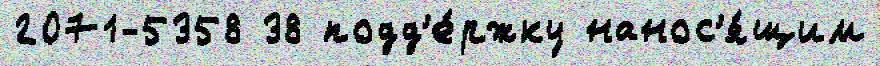
2071-5358 38 подд'е́ржку нанос'я́щим